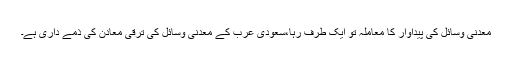
معدنی وسائل کی پیداوار کا معاملہ تو ایک طرف رہا،سعودی عرب کے معدنی وسائل کی ترقی معادن کی ذمے داری ہے۔